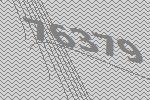
76379